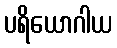
ပရိယောဂါယ